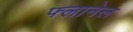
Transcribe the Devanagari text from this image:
फ्लानेल